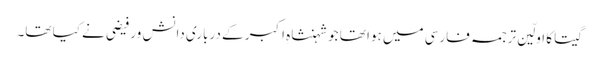
گیتا کا اولّین ترجمہ فارسی میں ہوا تھا جو شہنشاہِ اکبر کے درباری دانش ور فیضی نے کیا تھا۔